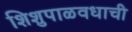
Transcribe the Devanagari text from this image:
शिशुपाळवधाची